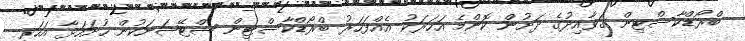
ބްރޯޑްކާސްޓިން ގަވާއިދުގެ ދަށުން ކޮންމެ އަހަރަކު އެއްފަހަރު ބްރޯޑްކާސްޓިން ސްޓޭޝަނަކުން ހުށަހަޅާ އަހަރީ